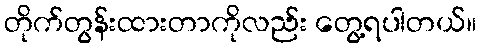
တိုက်တွန်းထားတာကိုလည်း တွေ့ရပါတယ်။